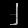
Digit: ၂